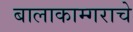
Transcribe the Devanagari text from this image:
बालाकाम्गराचे